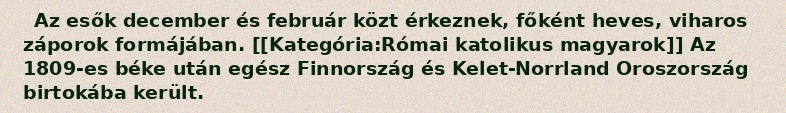
Az esők december és február közt érkeznek, főként heves, viharos záporok formájában. [[Kategória:Római katolikus magyarok]] Az 1809-es béke után egész Finnország és Kelet-Norrland Oroszország birtokába került.